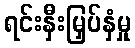
ရင်းနှီးမြှပ်နှံမှု